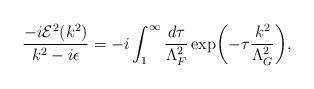
\begin{align*}\frac{-i{\cal E}^2(k^2)}{k^2-i\epsilon}=-i\int^{\infty}_1\frac{d\tau}{\Lambda^2_F}\exp\biggl(-\tau\frac{k^2}{\Lambda^2_G}\biggr),\end{align*}